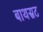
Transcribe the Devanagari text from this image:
बाथस्रट